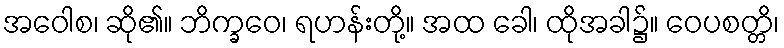
အဝေါစ၊ ဆို၏။ ဘိက္ခဝေ၊ ရဟန်းတို့။ အထ ခေါ၊ ထိုအခါ၌။ ဝေပစတ္တိ၊